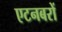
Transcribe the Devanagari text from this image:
एटनबरों